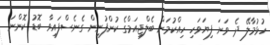
ހުޅުމާލޭ ދެ ވަނަ ފިޔަވަހި ހިއްކުމަށް ބެލްޖިއަމްގެ ކުންފުނިން ގެނެސްފައިވާ ބޮޑު ކޮންނަ